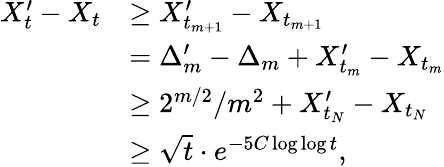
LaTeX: \begin{array}{rl}{X_{t}^{\prime}-X_{t}}&{\ge X_{t_{m+1}}^{\prime}-X_{t_{m+1}}}\\ &{=\Delta_{m}^{\prime}-\Delta_{m}+X_{t_{m}}^{\prime}-X_{t_{m}}}\\ &{\ge 2^{m/2}/m^{2}+X_{t_{N}}^{\prime}-X_{t_{N}}}\\ &{\ge\sqrt t\cdot e^{-5C\log\log t},}\end{array}